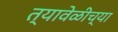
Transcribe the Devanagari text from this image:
त्यावेळीच्या